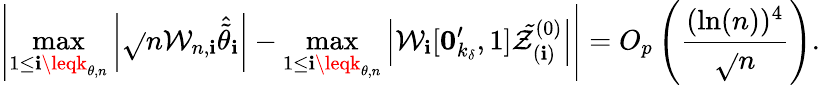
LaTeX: \left\vert\operatorname*{max}_{1\leq\mathbf{i}\leqk_{\theta,n}}\left\vert\sqrt{}{{n}}\mathcal{{W}}_{n,\mathbf{i}}\widehat{{\tilde{{\theta}}}}_{\mathbf{i}}\right\vert-\operatorname*{max}_{1\leq\mathbf{i}\leqk_{\theta,n}}\left\vert\mathcal{{W}}_{\mathbf{i}}[\boldsymbol{0}_{k_{\delta}}^{\prime},1]\mathcal{{\tilde{{Z}}}}_{(\mathbf{i})}^{(0)}\right\vert\right\vert=O_{p}\left(\frac{{(\ln(n))^{4}}}{{\sqrt{}{{n}}}}\right).